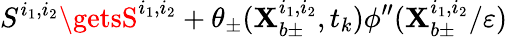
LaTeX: S^{i_{1},i_{2}}\getsS^{i_{1},i_{2}}+\theta_{\pm}(\mathbf{X}_{b\pm}^{i_{1},i_{2}},t_{k})\phi^{\prime\prime}(\mathbf{X}_{b\pm}^{i_{1},i_{2}}/\varepsilon)